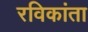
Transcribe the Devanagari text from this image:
रविकांता